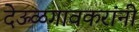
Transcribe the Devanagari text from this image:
देऊळगावकरांनी